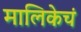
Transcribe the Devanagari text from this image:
मालिकेचं